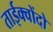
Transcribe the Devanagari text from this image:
ताईक्वोंदो